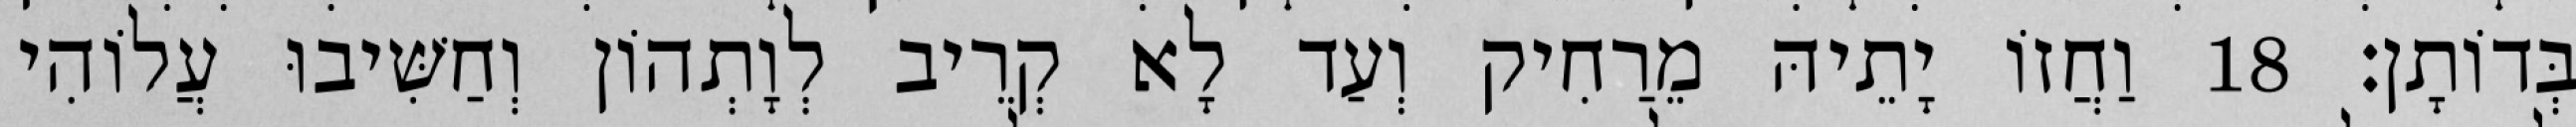
בְּדוֹתָן׃ 18 וַחֲזוֹ יָתֵיהּ מֵרַחִיק וְעַד לָא קְרֵיב לְוָתְהוֹן וְחַשִּׁיבוּ עֲלוֹהִי